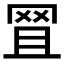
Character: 𦊩